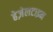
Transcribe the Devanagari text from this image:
हेज़ेलटाइन